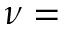
\nu =